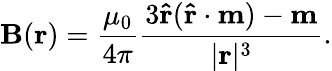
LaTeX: \mathbf{B}(\mathbf{r})={\frac{\mu_{0}}{4\pi}}{\frac{3\mathbf{\hat{r}}(\mathbf{\hat{r}}\cdot\mathbf{m})-\mathbf{m}}{|\mathbf{r}|^{3}}}.